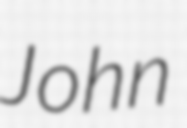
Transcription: John